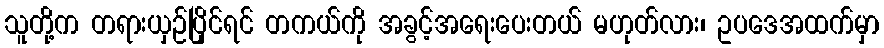
သူတို့က တရားယှဉ်ပြိုင်ရင် တကယ်ကို အခွင့်အရေးပေးတယ် မဟုတ်လား၊ ဥပဒေအထက်မှာ